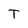
Character: T